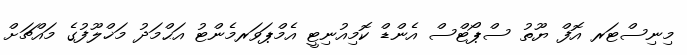
މިނިސްޓަރ އޮފް ޔޫތު ސްޕޯޓްސް އެންޑް ކޮމިއުނިޓީ އެމްޕަވަރމެންޓު އަޙްމަދު މަޚްލޫފުގެ މައްޗަށް